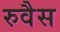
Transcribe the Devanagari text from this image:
रुवैस